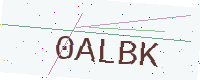
Text: 0ALBK